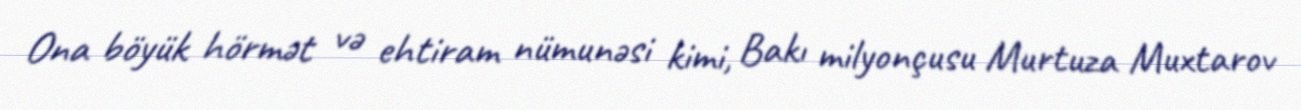
Ona böyük hörmət və ehtiram nümunəsi kimi, Bakı milyonçusu Murtuza Muxtarov